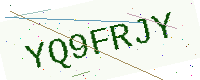
Text: YQ9FRJY